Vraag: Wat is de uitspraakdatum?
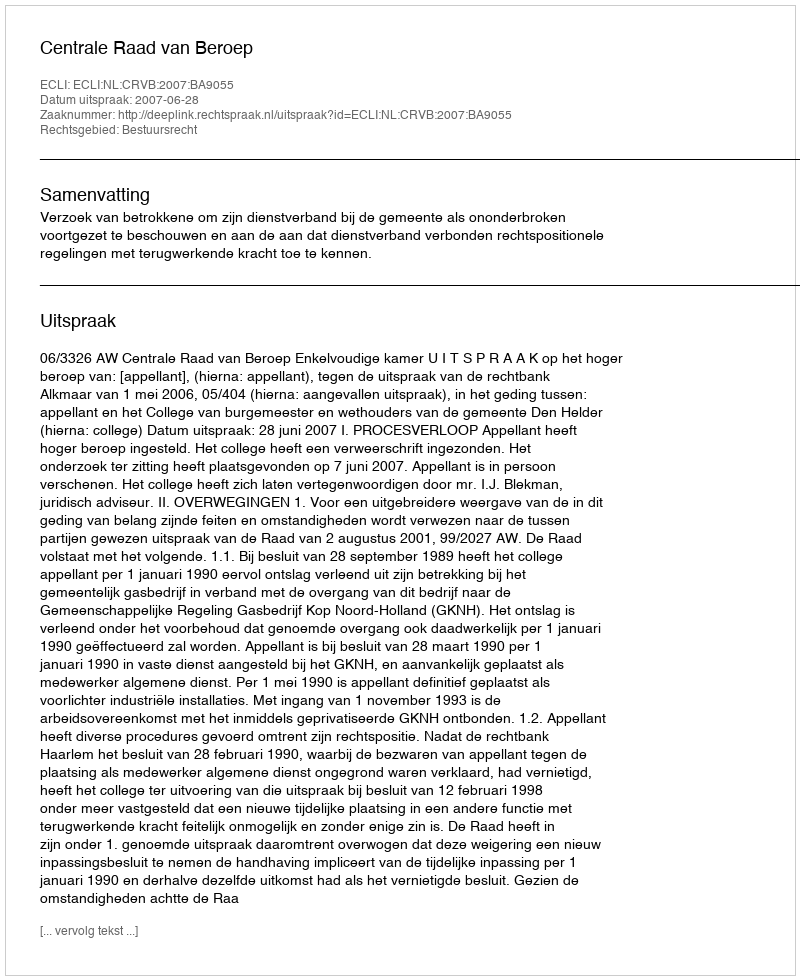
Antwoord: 2007-06-28